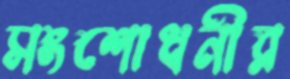
সংশোধনীর